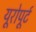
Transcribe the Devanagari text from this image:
यूरोपूर्ट